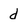
Character: d